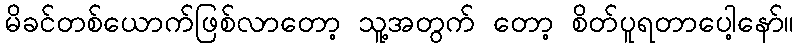
မိခင်တစ်ယောက်ဖြစ်လာတော့ သူ့အတွက် တော့ စိတ်ပူရတာပေါ့နော်။